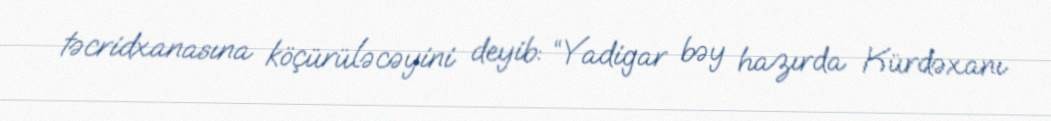
təcridxanasına köçürüləcəyini deyib: “Yadigar bəy hazırda Kürdəxanı